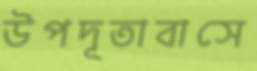
উপদূতাবাসে